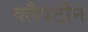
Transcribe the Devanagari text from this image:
क्लैपटोन